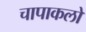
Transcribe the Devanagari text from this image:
चापाकलो